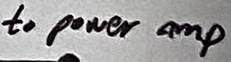
Text: to power amp